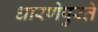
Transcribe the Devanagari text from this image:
धारणेपुरते